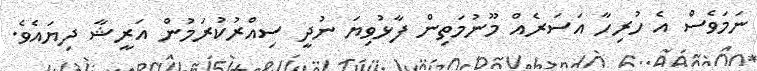
ނަމަވެސް އެ ހުރިހާ އަސަރެއް މޫނުމަތިން ފާޅުވިޔަ ނުދީ ސިއްރުކުރަމުން އަރީޝާ ދިޔައެވެ.